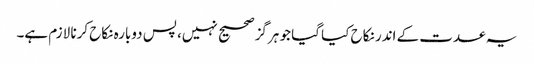
یہ عدت کے اندر نکاح کیا گیا جو ہرگز صحیح نہیں، پس دوبارہ نکاح کرنا لازم ہے۔